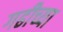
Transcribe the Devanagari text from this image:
गढीच्या